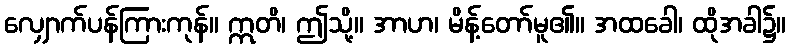
လျှောက်ပန်ကြားကုန်။ ဣတိ၊ ဤသို့။ အာဟ၊ မိန့်တော်မူ၏။ အထခေါ၊ ထိုအခါ၌။